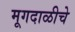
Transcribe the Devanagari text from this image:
मूगदाळीचे